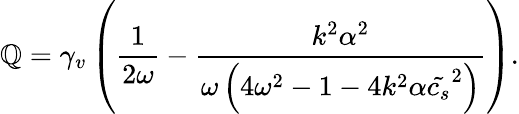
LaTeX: \mathbb{Q}=\gamma_{v}\left(\frac{{1}}{{2\omega}}-\frac{{k^{2}\alpha^{2}}}{{\omega\left(4\omega^{2}-1-4k^{2}\alpha\tilde{{c_{s}}}^{2}\right)}}\right).